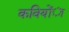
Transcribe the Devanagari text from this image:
कवियोंा